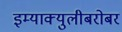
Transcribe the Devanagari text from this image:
इम्‍याक्‍युलीबरोबर